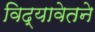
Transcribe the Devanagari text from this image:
विद्यावेतने